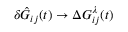
\delta \hat { G } _ { i j } ( t ) \rightarrow \Delta G _ { i j } ^ { \lambda } ( t )